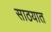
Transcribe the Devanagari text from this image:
साठयात